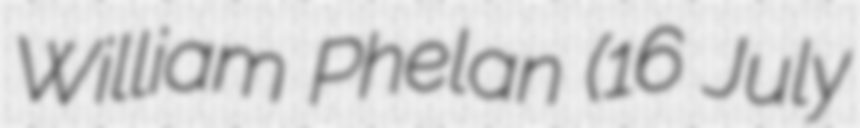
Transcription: William Phelan (16 July